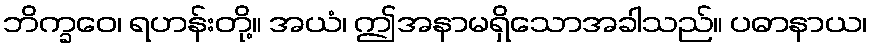
ဘိက္ခဝေ၊ ရဟန်းတို့။ အယံ၊ ဤအနာမရှိသောအခါသည်။ ပဓာနာယ၊